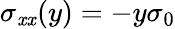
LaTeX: \sigma_{\mathit{x}\mathit{x}}(y)=-y\sigma_{0}